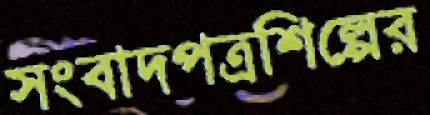
সংবাদপত্রশিল্পের